Scottish Leaving Certificate Examination, 1958
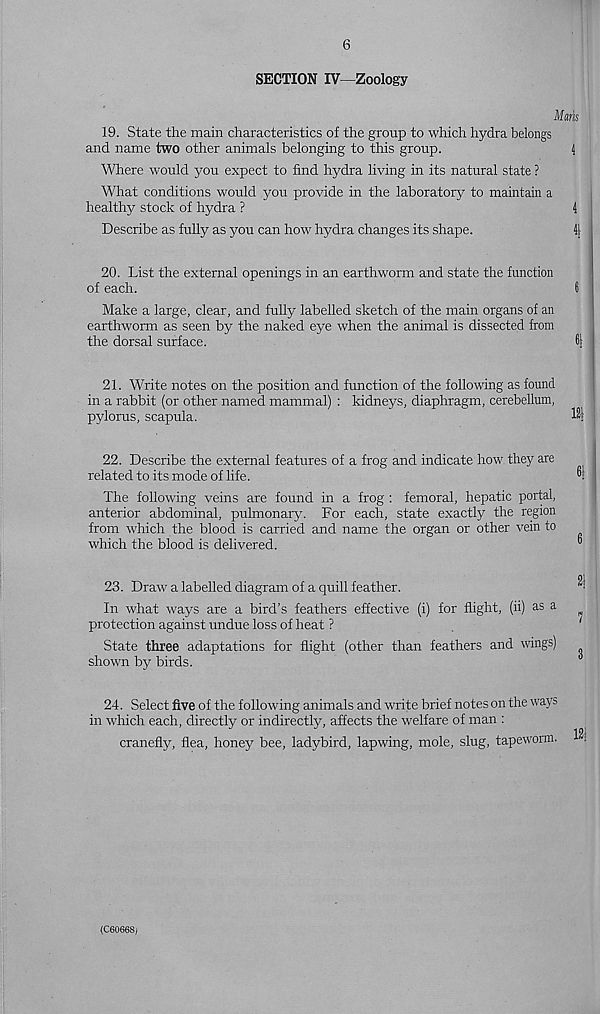
6
SECTION IV—Zoology
Maris
19. State the main characteristics of the group to which hydra belongs
and name two other animals belonging to this group.
4
Where would you expect to find hydra living in its natural state ?
What conditions would you provide in the laboratory to maintain a
healthy stock of hydra ?
4
Describe as fully as you can how hydra changes its shape.
41
20. List the external openings in an earthworm and state the function
of each.
fi
Make a large, clear, and fully labelled sketch of the main organs of an
earthworm as seen by the naked eye when the animal is dissected from
the dorsal surface.
I
21. Write notes on the position and function of the following as found
in a rabbit (or other named mammal) : kidneys, diaphragm, cerebellum,
pylorus, scapula.
22. Describe the external features of a frog and indicate how they are
related to its mode of life.
The following veins are found in a frog : femoral, hepatic portal,
anterior abdominal, pulmonary. For each, state exactly the region
from which the blood is carried and name the organ or other vein to
which the blood is delivered.
23. Draw a labelled diagram of a quill feather.
In what ways are a bird’s feathers effective (i) for flight, (ii) as a ^
protection against undue loss of heat ?
State three adaptations for flight (other than feathers and wings)
shown by birds.
24. Select five of the following animals and write brief notes on the ways
in which each, directly or indirectly, affects the welfare of man :
cranefly, flea, honey bee, ladybird, lapwing, mole, slug, tapeworm,
(C6066S;